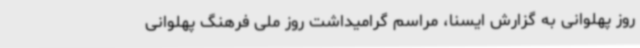
روز پهلوانی به گزارش ایسنا، مراسم گرامیداشت روز ملی فرهنگ پهلوانی